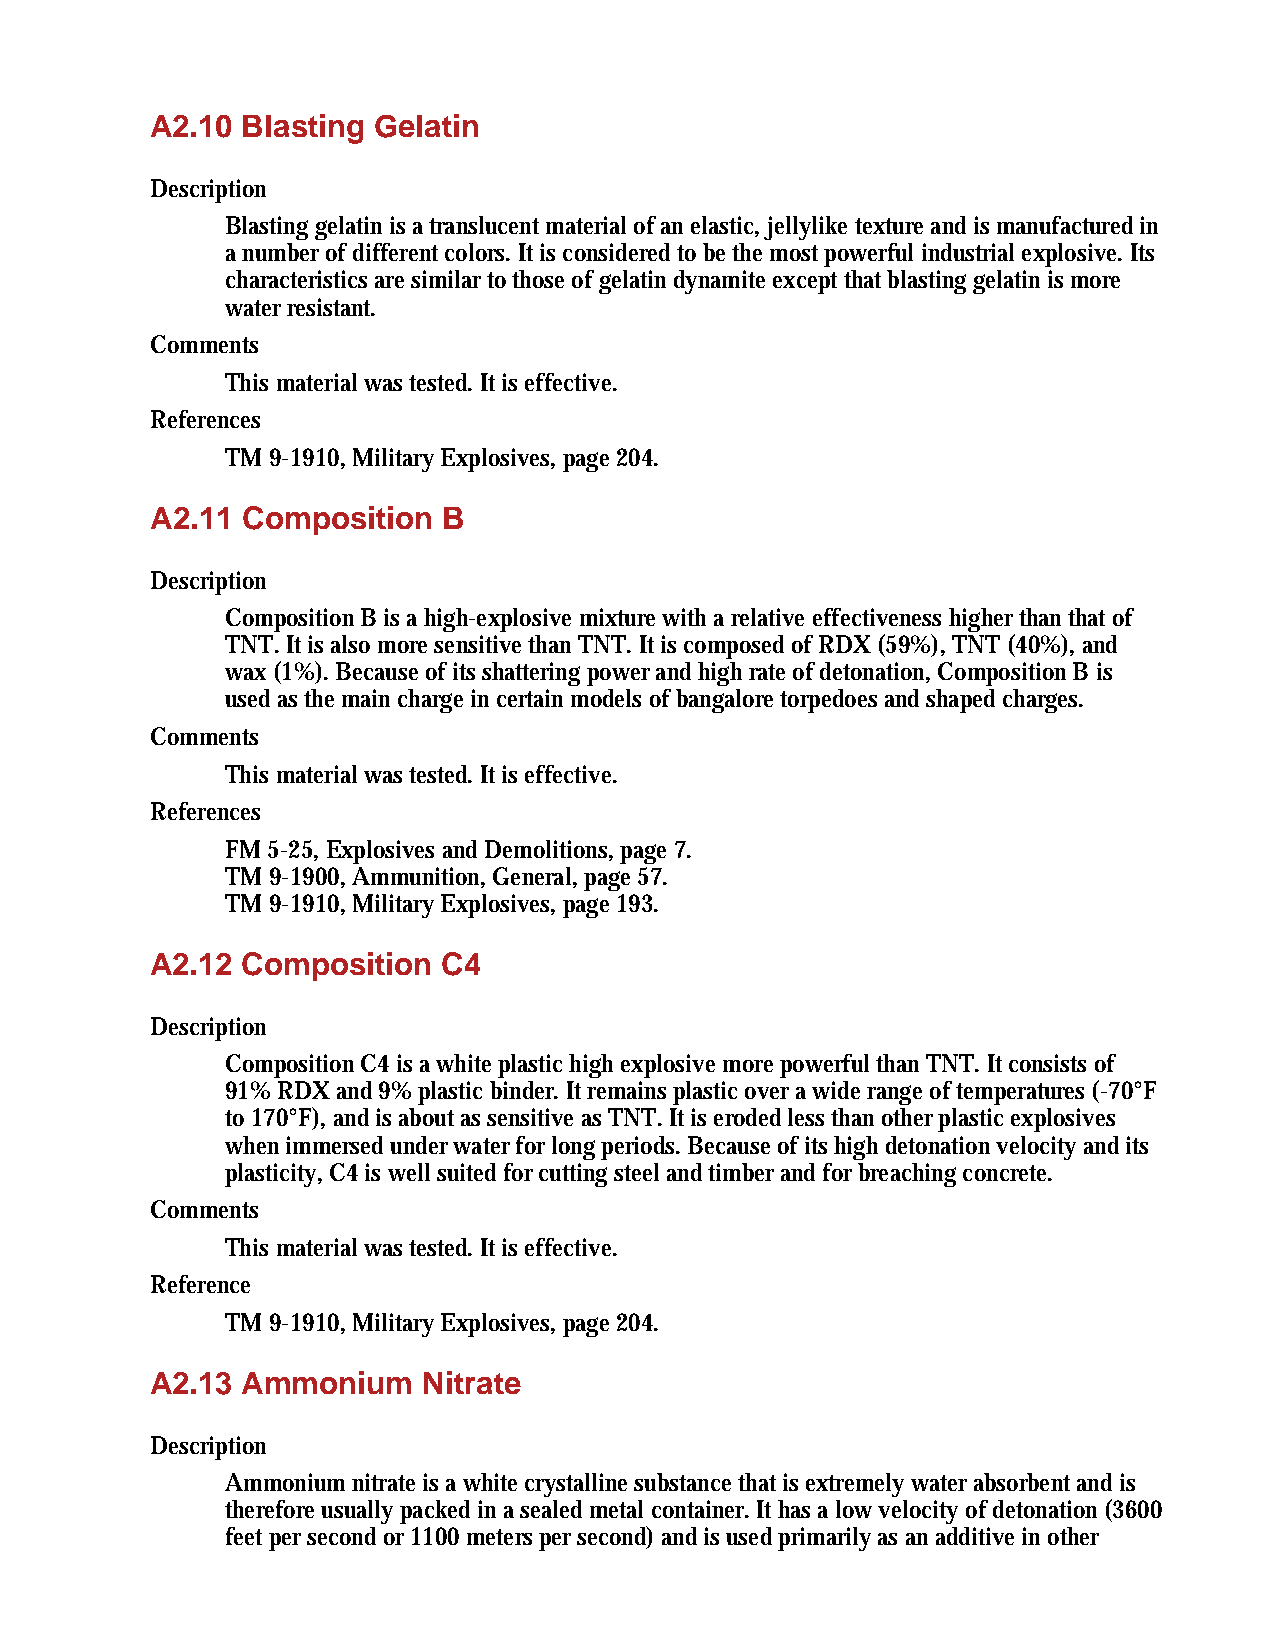
A2.10 Blasting Gelatin
 Description
 Blasting gelatin is a translucent material of an elastic, jellylike texture and is manufactured in
 a number of different colors. It is considered to be the most powerful industrial explosive. Its
 characteristics are similar to those of gelatin dynamite except that blasting gelatin is more
 water resistant.
 Comments
 This material was tested. It is effective.
 References
 TM 9-1910, Military Explosives, page 204.
 A2.11 Composition  B
 Description
 Composition B is a high-explosive mixture with a relative effectiveness higher than that of
 TNT. It is also more sensitive than TNT. It is composed of RDX (59%), TNT (40%), and
 wax (1%). Because of its shattering power and high rate of detonation, Composition B is
 used as the main charge in certain models of bangalore torpedoes and shaped charges.
 Comments
 This material was tested. It is effective.
 References
 FM 5-25, Explosives and Demolitions, page 7.
 TM 9-1900, Ammunition, General, page 57.
 TM 9-1910, Military Explosives, page 193.
 A2.12 Composition  C4
 Description
 Composition C4 is a white plastic high explosive more powerful than TNT. It consists of
 91% RDX and 9% plastic binder. It remains plastic over a wide range of temperatures (-70°F
 to 170°F), and is about as sensitive as TNT. It is eroded less than other plastic explosives
 when immersed under water for long periods. Because of its high detonation velocity and its
 plasticity, C4 is well suited for cutting steel and timber and for breaching concrete.
 Comments
 This material was tested. It is effective.
 Reference
 TM 9-1910, Military Explosives, page 204.
 A2.13 Ammonium    Nitrate
 Description
 Ammonium nitrate is a white crystalline substance that is extremely water absorbent and is
 therefore usually packed in a sealed metal container. It has a low velocity of detonation (3600
 feet per second or 1100 meters per second) and is used primarily as an additive in other